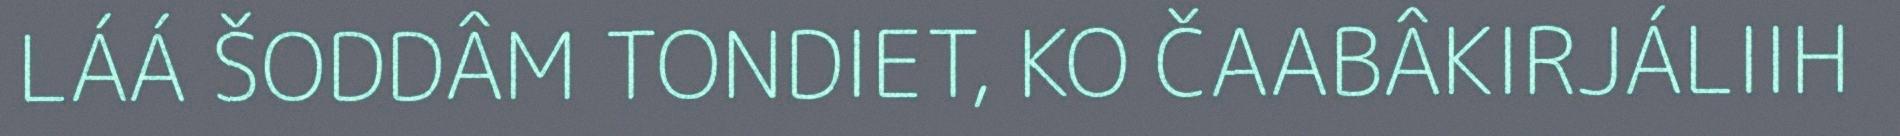
LÁÁ ŠODDÂM TONDIET, KO ČAABÂKIRJÁLIIH